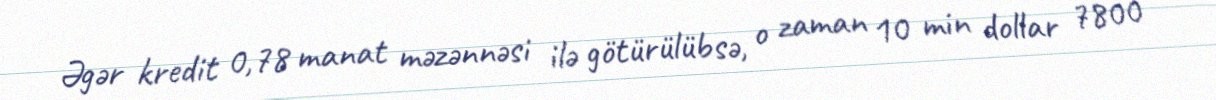
Əgər kredit 0,78 manat məzənnəsi ilə götürülübsə, o zaman 10 min dollar 7800